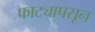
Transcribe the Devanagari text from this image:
फाट्यापसून